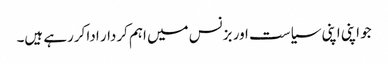
جو اپنی اپنی سیاست اور بزنس میں اہم کردار ادا کررہے ہیں۔